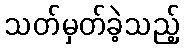
သတ်မှတ်ခဲ့သည့်